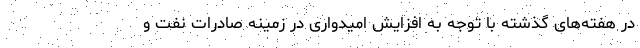
در هفته‌های گذشته با توجه به افزایش امیدواری در زمینه صادرات نفت و